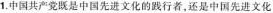
1.中国共产党既是中国先进文化的践行者，还是中国先进文化